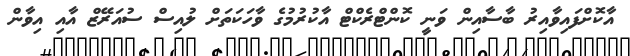
އާކޮށްފައިވާއިރު ބާސާއިން ވަނީ ކޮންޓްރެކްޓް އާކުރުމުގެ ވާހަކަތަށް ލުއިސް ސުއަރޭޒް އާއި އިވާން